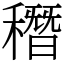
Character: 䅾